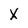
Character: X